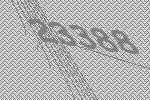
23388